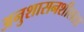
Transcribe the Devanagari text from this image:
अनुशासनशीलता